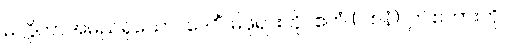
မလ္လိကာအမည်ရှိသော။ ဒေဝိံ၊ မိဖုရားကို။ ဧတံ (ဝစနံ)၊ ဤစကားကို။